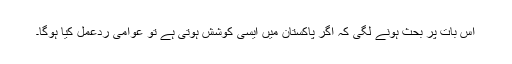
اس بات پر بحث ہونے لگی کہ اگر پاکستان میں ایسی کوشش ہوتی ہے تو عوامی ردعمل کیا ہوگا۔